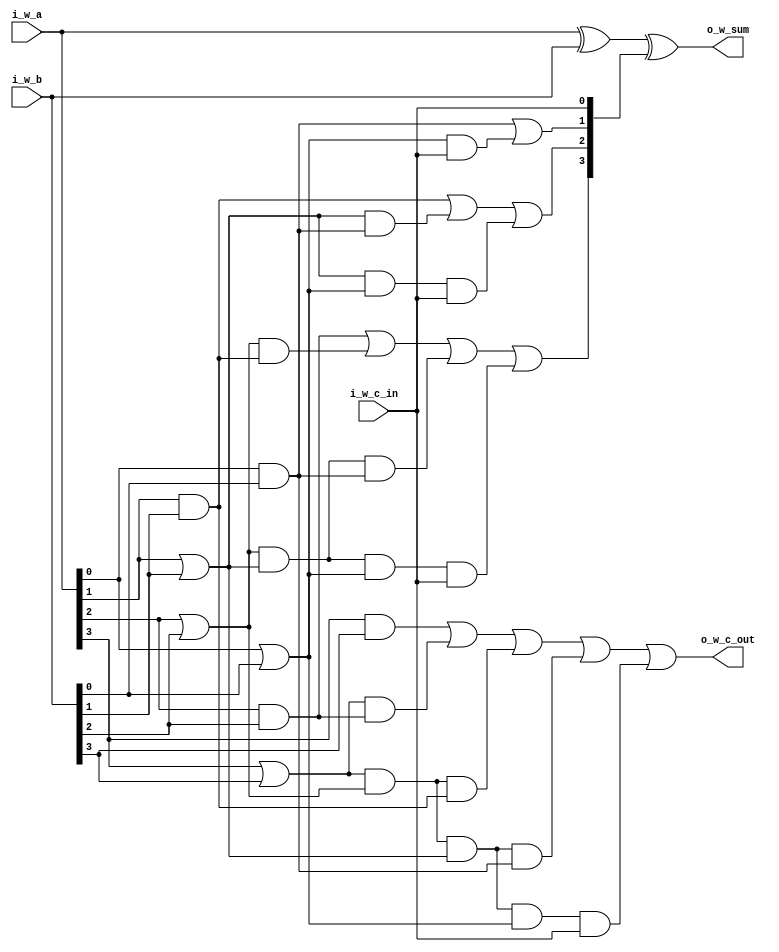
`timescale 1ns / 1ps

module task0 (
        output wire [3:0] o_w_sum,
        output wire       o_w_c_out,
        input  wire  [3:0] i_w_a,
        input  wire  [3:0] i_w_b,
        input  wire   i_w_c_in
    );

	//TODO 1: implemetati logica unui sumator carry-lookahead pe 4 biti
	wire [3:0] l_w_carry_la;
    wire [3:0] l_w_P;
    wire [3:0] l_w_G;
        
    assign l_w_G[0] = i_w_a[0] & i_w_b[0];
    assign l_w_G[1] = i_w_a[1] & i_w_b[1];
    assign l_w_G[2] = i_w_a[2] & i_w_b[2];
    assign l_w_G[3] = i_w_a[3] & i_w_b[3];

    assign l_w_P[0] = i_w_a[0] | i_w_b[0];
    assign l_w_P[1] = i_w_a[1] | i_w_b[1];
    assign l_w_P[2] = i_w_a[2] | i_w_b[2];
    assign l_w_P[3] = i_w_a[3] | i_w_b[3];
    
    assign l_w_carry_la[0] = l_w_G[0] | l_w_P[0] & i_w_c_in; 
    assign l_w_carry_la[1] = l_w_G[1] | l_w_P[1] & l_w_G[0] | l_w_P[1] & l_w_P[0] & i_w_c_in; 
    assign l_w_carry_la[2] = l_w_G[2] | l_w_P[2] & l_w_G[1] | l_w_P[2] & l_w_P[1] & l_w_G[0] | l_w_P[2] & l_w_P[1] & l_w_P[0] & i_w_c_in; 
    assign l_w_carry_la[3] = l_w_G[3] | l_w_P[3] & l_w_G[2] | l_w_P[3] & l_w_P[2] & l_w_G[1] | l_w_P[3] & l_w_P[2] & l_w_P[1] & l_w_G[0] | l_w_P[3] & l_w_P[2] & l_w_P[1] & l_w_P[0] & i_w_c_in; 
    
    assign o_w_c_out = l_w_carry_la[3];
    // FA: sum = A xor B xor Cin
    assign o_w_sum = i_w_a ^ i_w_b ^ {l_w_carry_la[2:0], i_w_c_in};
endmodule